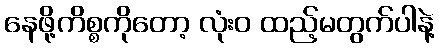
နေဖို့ကိစ္စကိုတော့ လုံးဝ ထည့်မတွက်ပါနဲ့